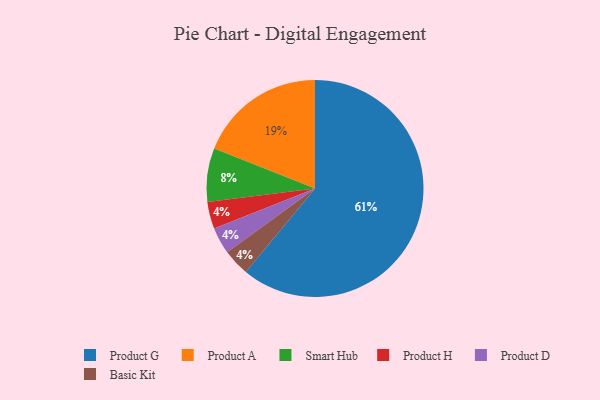
{"axis": {"x": "Category", "y": "Percentage"}, "legend": ["Basic Kit", "Product A", "Product D", "Product G", "Product H", "Smart Hub"], "data": [{"x": "Smart Hub", "y": 8, "type": "Smart Hub"}, {"x": "Product H", "y": 4, "type": "Product H"}, {"x": "Product D", "y": 4, "type": "Product D"}, {"x": "Product A", "y": 19, "type": "Product A"}, {"x": "Basic Kit", "y": 4, "type": "Basic Kit"}, {"x": "Product G", "y": 61, "type": "Product G"}]}